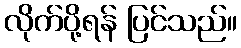
လိုက်ပို့ရန် ပြင်သည်။